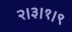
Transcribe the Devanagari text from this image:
२।३।१।९